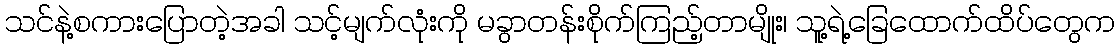
သင်နဲ့စကားပြောတဲ့အခါ သင့်မျက်လုံးကို မခွာတန်းစိုက်ကြည့်တာမျိုး၊ သူ့ရဲ့ခြေထောက်ထိပ်တွေက